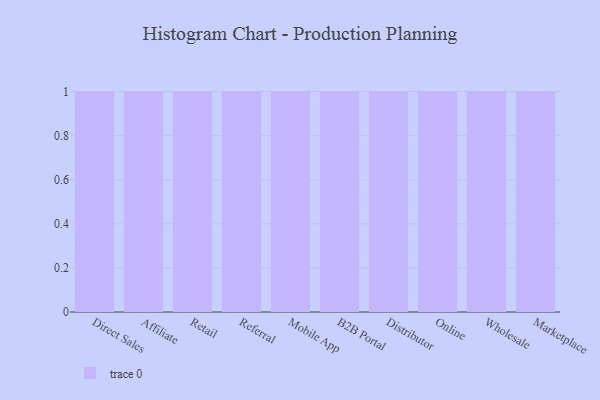
{"axis": {"x": "Channel", "y": "Customer Acquisition Cost (USD)"}, "legend": [""], "data": [{"x": "Direct Sales", "y": 97, "type": ""}, {"x": "Affiliate", "y": 88, "type": ""}, {"x": "Retail", "y": 57, "type": ""}, {"x": "Referral", "y": 43, "type": ""}, {"x": "Mobile App", "y": 72, "type": ""}, {"x": "B2B Portal", "y": 73, "type": ""}, {"x": "Distributor", "y": 55, "type": ""}, {"x": "Online", "y": 87, "type": ""}, {"x": "Wholesale", "y": 83, "type": ""}, {"x": "Marketplace", "y": 57, "type": ""}]}